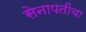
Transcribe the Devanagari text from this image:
सेनापतींचा